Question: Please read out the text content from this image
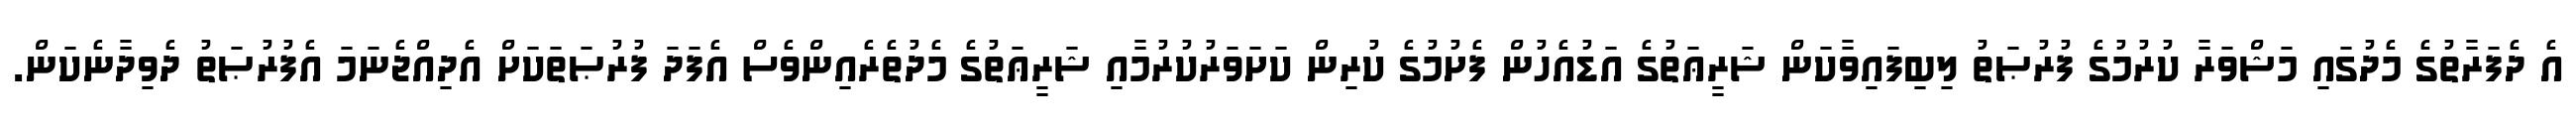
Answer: އެ ދެފަރާތުގެ މެދުގައި މަޝްވަރާ ކުރުމުގެ ފުރުޞަތު ލިބިފައިވާކަން ޝަރީޢަތުގެ އަޑުއެހުން ފެށުމުގެ ކުރިން ކަށަވަރުކުރުމާއި ޝަރީޢަތުގެ މެދުތެރެއިންވެސް އެފަދަ ފުރުޞަތަކަށް އެދިއްޖެނަމަ އެފުރުޞަތު ދެވިދާނެކަން.